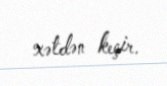
xətdən keçir.